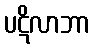
ပဋိလာဘာ